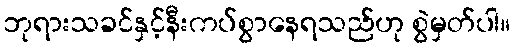
ဘုရားသခင်နှင့်နီးကပ်စွာနေရသည်ဟု စွဲမှတ်ပါ။